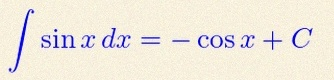
\int \sin x\,dx=-\cos x+C